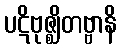
ပဋိဗုဇ္ဈိတဗ္ဗာနိ